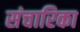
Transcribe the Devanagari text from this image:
संचारिका